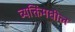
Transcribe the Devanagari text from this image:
व्यक्तिंमधील